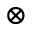
\otimes